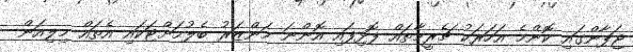
ޖަޕާންގައި ކޮންމެ އަހަރަކު ޗެރީމާތައް ފޮޅިފައި އޮންނަ މަންޒަރު ބެލުމަށްޓަކައި އެތައް މިލިއަން